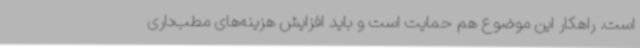
است. راهکار این موضوع هم حمایت است و باید افزایش هزینه‌های مطب‌داری